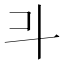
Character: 𣁬